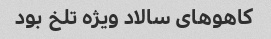
کاهو‌های سالاد ویژه تلخ بود